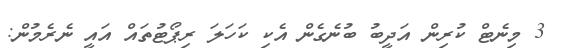
3 މިނެޓް ކުރިން އަދީބު ބުނެގެން އެކި ކަހަލަ ރިޕޯޓުތައް އައީ ނެރެމުން: